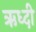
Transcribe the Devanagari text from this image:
ऋध्दी